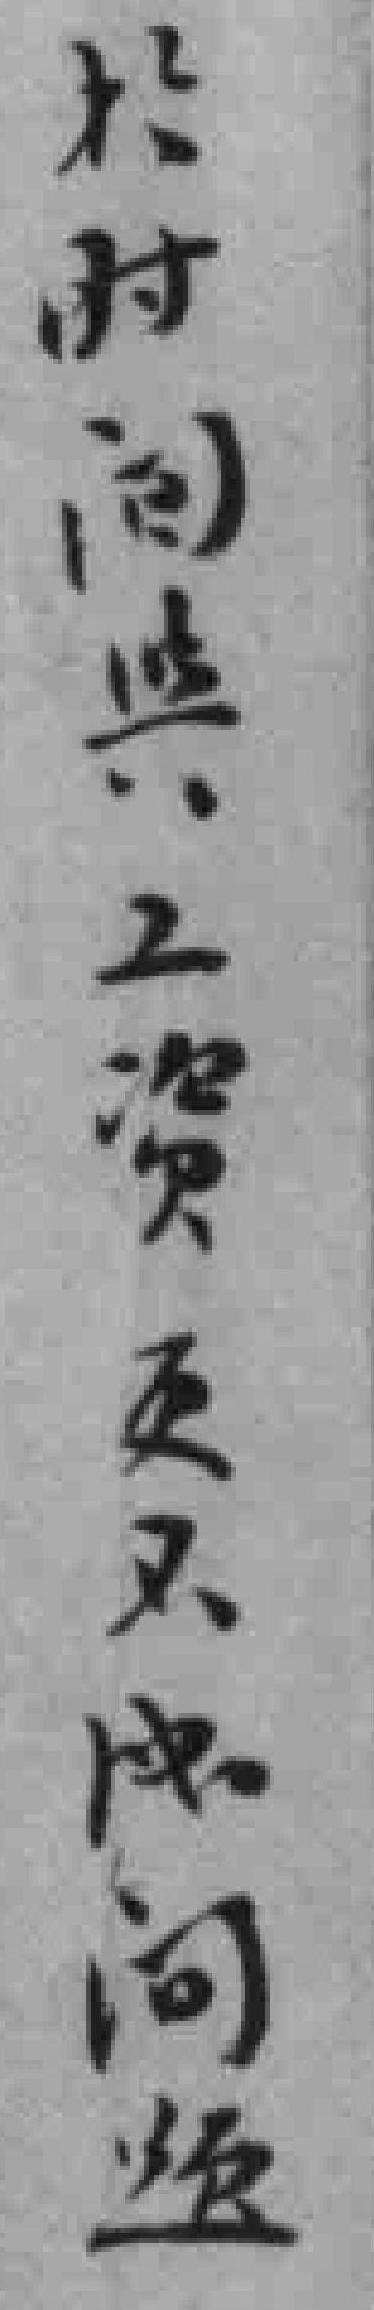
於时间舆工资更不成问题